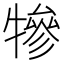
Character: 犙